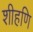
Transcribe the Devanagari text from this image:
शीहणि